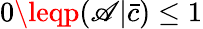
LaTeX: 0\leqp(\mathscr{A}|\bar{{c}})\leq1